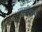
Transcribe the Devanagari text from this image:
ताम्रशिंबी